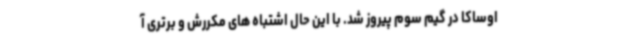
اوساکا در گیم سوم پیروز شد. با این حال اشتباه های مکررش و برتری آ